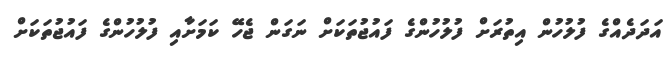
އަދަދެއްގެ ފުލުހުން އިތުރަށް ފުލުހުންގެ ފައުޖުތަކަށް ނަގަން ޖެހޭ ކަމަށާއި ފުލުހުންގެ ފައުޖުތަކަށް